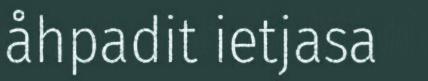
åhpadit ietjasa